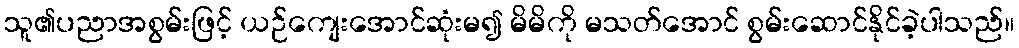
သူ၏ပညာအစွမ်းဖြင့် ယဉ်ကျေးအောင်ဆုံးမ၍ မိမိကို မသတ်အောင် စွမ်းဆောင်နိုင်ခဲ့ပါသည်။